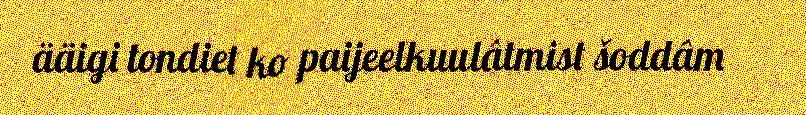
ääigi tondiet ko paijeelkuulâtmist šoddâm